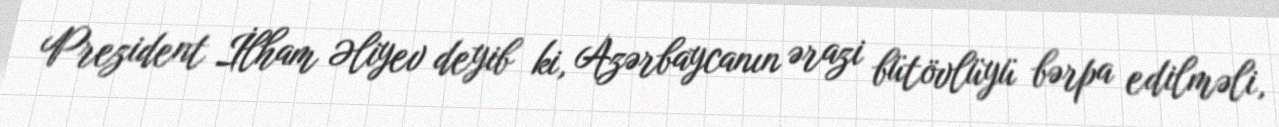
Prezident İlham Əliyev deyib ki, Azərbaycanın ərazi bütövlüyü bərpa edilməli,